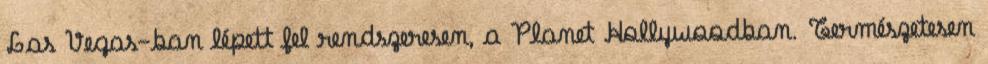
Las Vegas-ban lépett fel rendszeresen, a Planet Hollywoodban. Természetesen